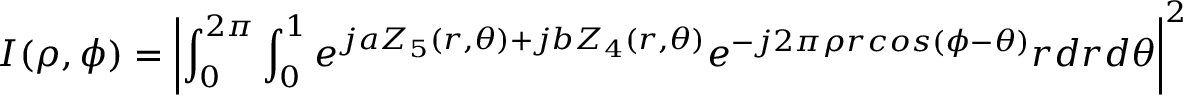
I ( \rho , \phi ) = \left| \int _ { 0 } ^ { 2 \pi } \int _ { 0 } ^ { 1 } e ^ { j a Z _ { 5 } ( r , \theta ) + j b Z _ { 4 } ( r , \theta ) } e ^ { - j 2 \pi \rho r c o s ( \phi - \theta ) } r d r d \theta \right| ^ { 2 }